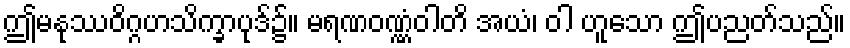
ဤမနုဿဝိဂ္ဂဟသိက္ခာပုဒ်၌။ မရဏဝဏ္ဏံဝါတိ အယံ၊ ဝါ ဟူသော ဤပညတ်သည်။